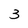
Character: 3